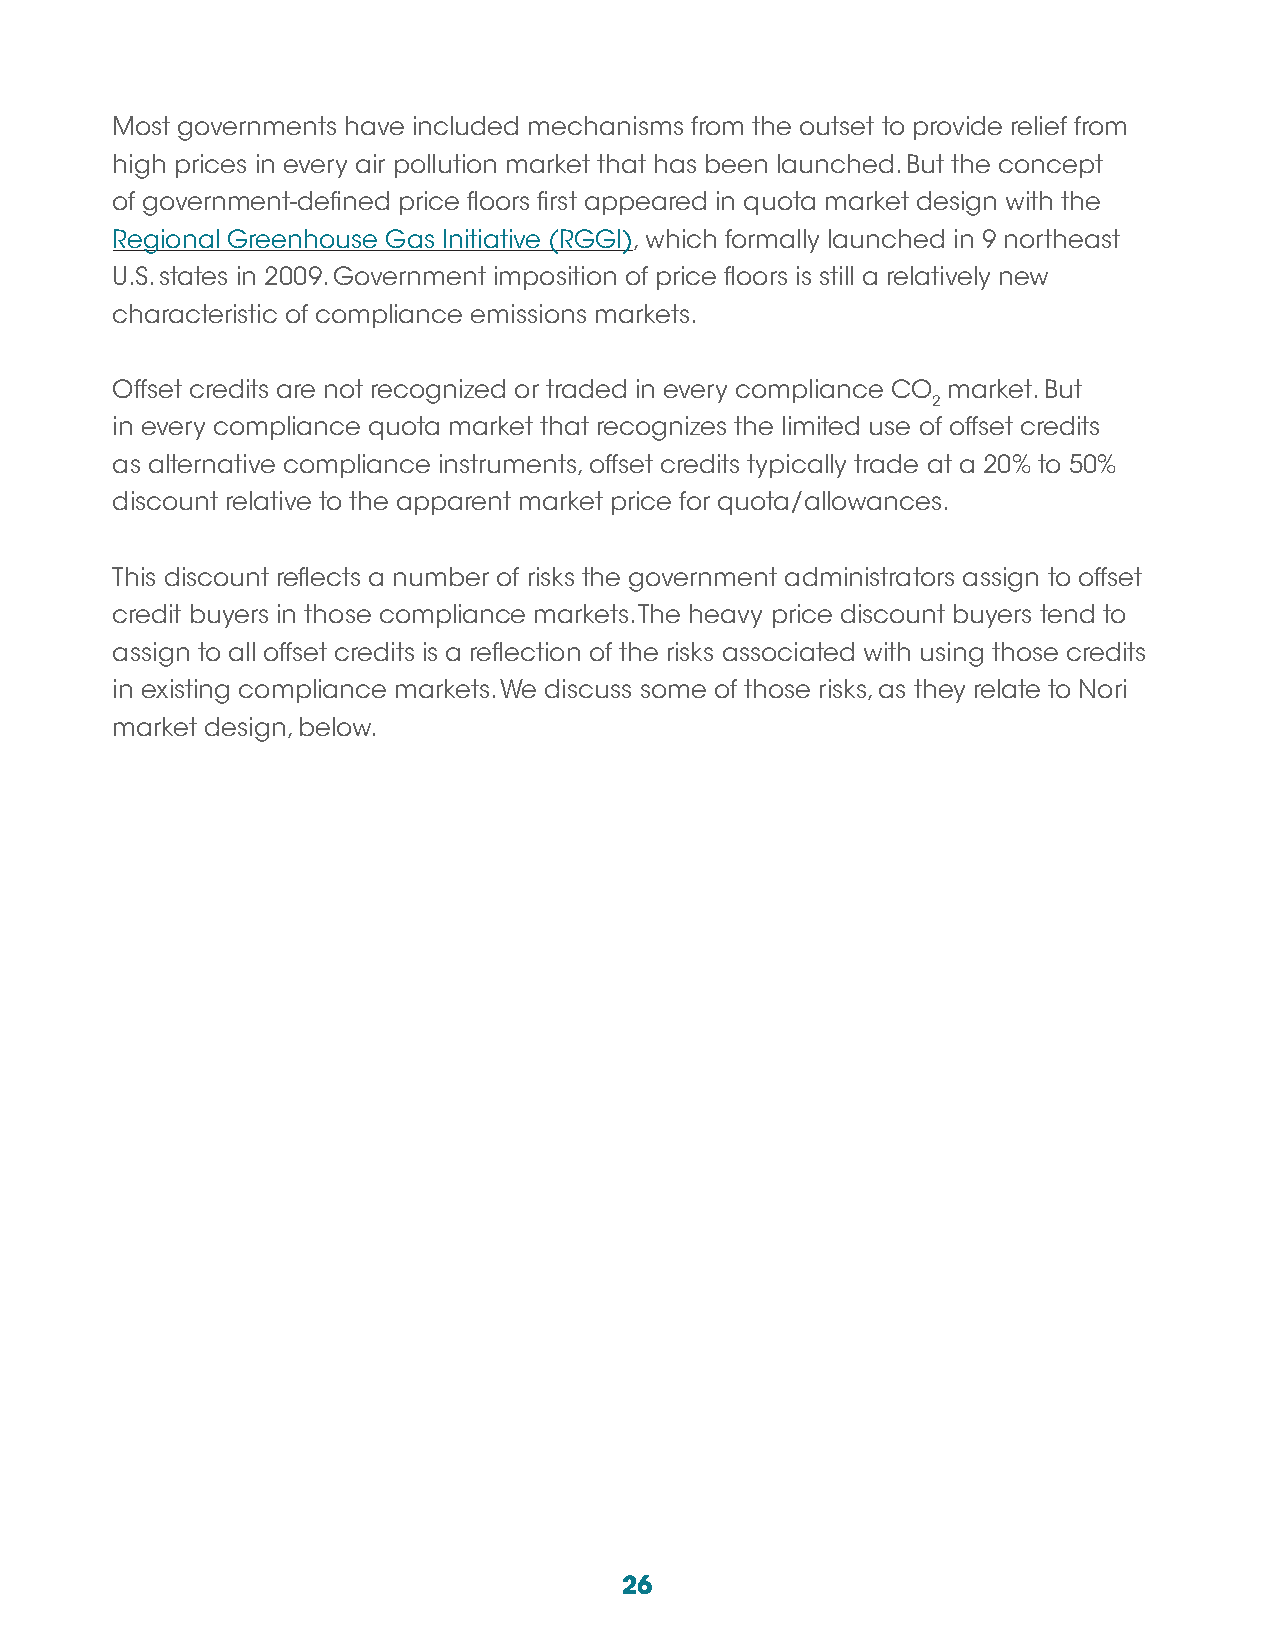
Most governments have included mechanisms from the outset to provide relief from
 high prices in every air pollution market that has been launched. But the concept
 of government-defined price floors first appeared in quota market design with the
 Regional Greenhouse Gas Initiative (RGGI), which formally launched in 9 northeast
 U.S. states in 2009. Government imposition of price floors is still a relatively new
 characteristic of compliance emissions markets.
 Offset credits are not recognized or traded in every compliance CO market. But
 2
 in every compliance quota market that recognizes the limited use of offset credits
 as alternative compliance instruments, offset credits typically trade at a 20% to 50%
 discount relative to the apparent market price for quota/allowances.
 This discount reflects a number of risks the government administrators assign to offset
 credit buyers in those compliance markets. The heavy price discount buyers tend to
 assign to all offset credits is a reflection of the risks associated with using those credits
 in existing compliance markets. We discuss some of those risks, as they relate to Nori
 market design, below.
 26